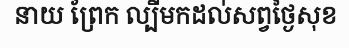
នាយ ព្រែក ល្បីមកដល់សព្វថ្ងៃសុខ